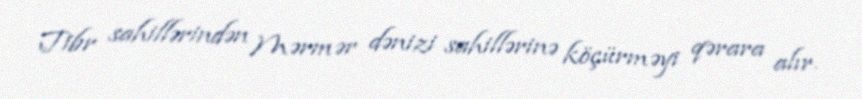
Tibr sahillərindən Mərmər dənizi sahillərinə köçürməyi qərara alır.